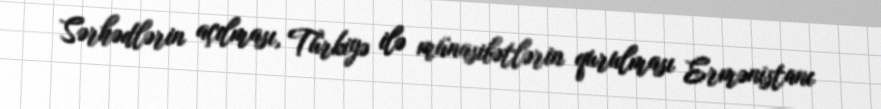
Sərhədlərin açılması, Türkiyə ilə münasibətlərin qurulması Ermənistanı